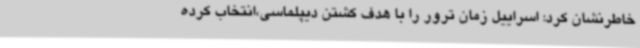
خاطرنشان کرد: اسراییل زمان ترور را با هدف کشتن دیپلماسی،انتخاب کرده